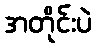
အတိုင်းပဲ